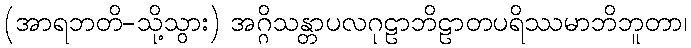
(အာရဘတိ-သို့သွား) အဂ္ဂိသန္တာပလဂုဠာဘိဠာတပရိဿမာဘိဘူတာ၊